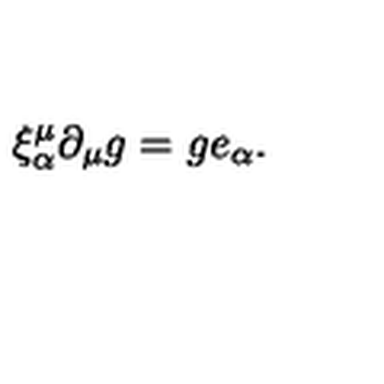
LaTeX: \xi _ { \alpha } ^ { \mu } \partial _ { \mu } g = g e _ { \alpha } .